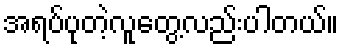
အရပ်ပုတဲ့လူတွေ့လည်းပါတယ်။